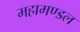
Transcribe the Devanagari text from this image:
महामण्‍डल